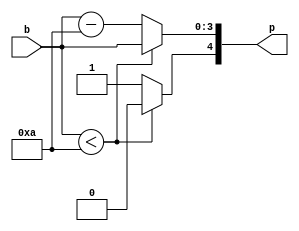
`timescale 1ns / 1ps
//////////////////////////////////////////////////////////////////////////////////
// Company: 
// Engineer: 
// 
// Design Name: 
// Module Name:    CONV_BIN_BCD 
// Project Name: 
// Target Devices: 
// Tool versions: 
// Description: 
//
// Dependencies: 
//
// Revision: 
// Revision 0.01 - File Created
// Additional Comments: 
//
//////////////////////////////////////////////////////////////////////////////////
module CONV_BIN_BCD(input wire[3:0] b, output wire[4:0] p);
  
  reg[3:0] rb;
  reg[4:0] rp;
  
  always@(*) begin
    rb = b;
    
    if(rb < 10) begin
      rp[3:0] = rb;
      rp[4] = 0;
    end
    else begin
      rp[3:0] = rb - 4'b 1010;
      rp[4] = 1;
    end
  end
  
  assign p = rp;

endmodule